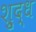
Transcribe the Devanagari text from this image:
शु्द्ध